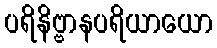
ပရိနိဗ္ဗာနပရိယာယော